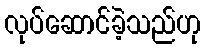
လုပ်ဆောင်ခဲ့သည်ဟု